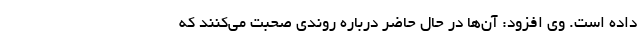
داده است. وی افزود: آن‌ها در حال حاضر درباره روندی صحبت می‌کنند که